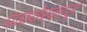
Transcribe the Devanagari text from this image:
पळवेरकाड्